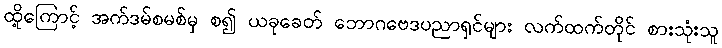
ထို့ကြောင့် အက်ဒမ်စမစ်မှ စ၍ ယခုခေတ် ဘောဂဗေဒပညာရှင်များ လက်ထက်တိုင် စားသုံးသူ